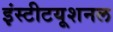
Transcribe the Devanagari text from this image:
इंस्‍टीटयूशनल